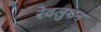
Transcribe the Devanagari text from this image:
रेवलुशन